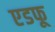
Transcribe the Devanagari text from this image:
एडफू